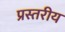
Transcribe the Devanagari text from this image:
प्रस्तरीय